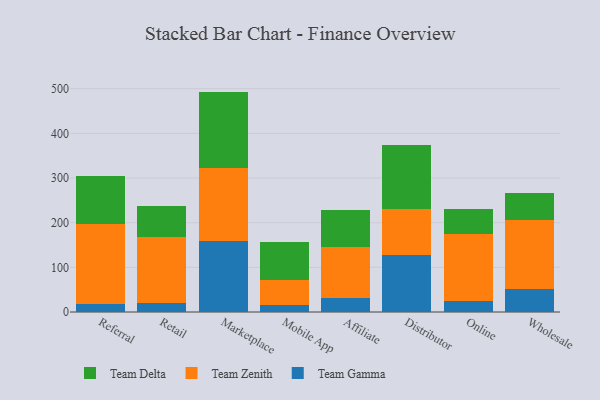
{"axis": {"x": "Channel", "y": "Net Income (USD K)"}, "legend": ["Team Delta", "Team Gamma", "Team Zenith"], "data": [{"x": "Referral", "y": 17.2, "type": "Team Gamma"}, {"x": "Referral", "y": 179.3, "type": "Team Zenith"}, {"x": "Referral", "y": 107.2, "type": "Team Delta"}, {"x": "Retail", "y": 19.4, "type": "Team Gamma"}, {"x": "Retail", "y": 148.5, "type": "Team Zenith"}, {"x": "Retail", "y": 70.0, "type": "Team Delta"}, {"x": "Marketplace", "y": 159.1, "type": "Team Gamma"}, {"x": "Marketplace", "y": 162.6, "type": "Team Zenith"}, {"x": "Marketplace", "y": 171.8, "type": "Team Delta"}, {"x": "Mobile App", "y": 15.3, "type": "Team Gamma"}, {"x": "Mobile App", "y": 55.7, "type": "Team Zenith"}, {"x": "Mobile App", "y": 84.8, "type": "Team Delta"}, {"x": "Affiliate", "y": 31.6, "type": "Team Gamma"}, {"x": "Affiliate", "y": 113.6, "type": "Team Zenith"}, {"x": "Affiliate", "y": 82.4, "type": "Team Delta"}, {"x": "Distributor", "y": 126.9, "type": "Team Gamma"}, {"x": "Distributor", "y": 104.3, "type": "Team Zenith"}, {"x": "Distributor", "y": 142.1, "type": "Team Delta"}, {"x": "Online", "y": 23.6, "type": "Team Gamma"}, {"x": "Online", "y": 151.0, "type": "Team Zenith"}, {"x": "Online", "y": 55.1, "type": "Team Delta"}, {"x": "Wholesale", "y": 50.9, "type": "Team Gamma"}, {"x": "Wholesale", "y": 155.4, "type": "Team Zenith"}, {"x": "Wholesale", "y": 60.7, "type": "Team Delta"}]}